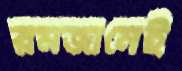
রমজানেই